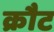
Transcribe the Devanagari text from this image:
क्रौट